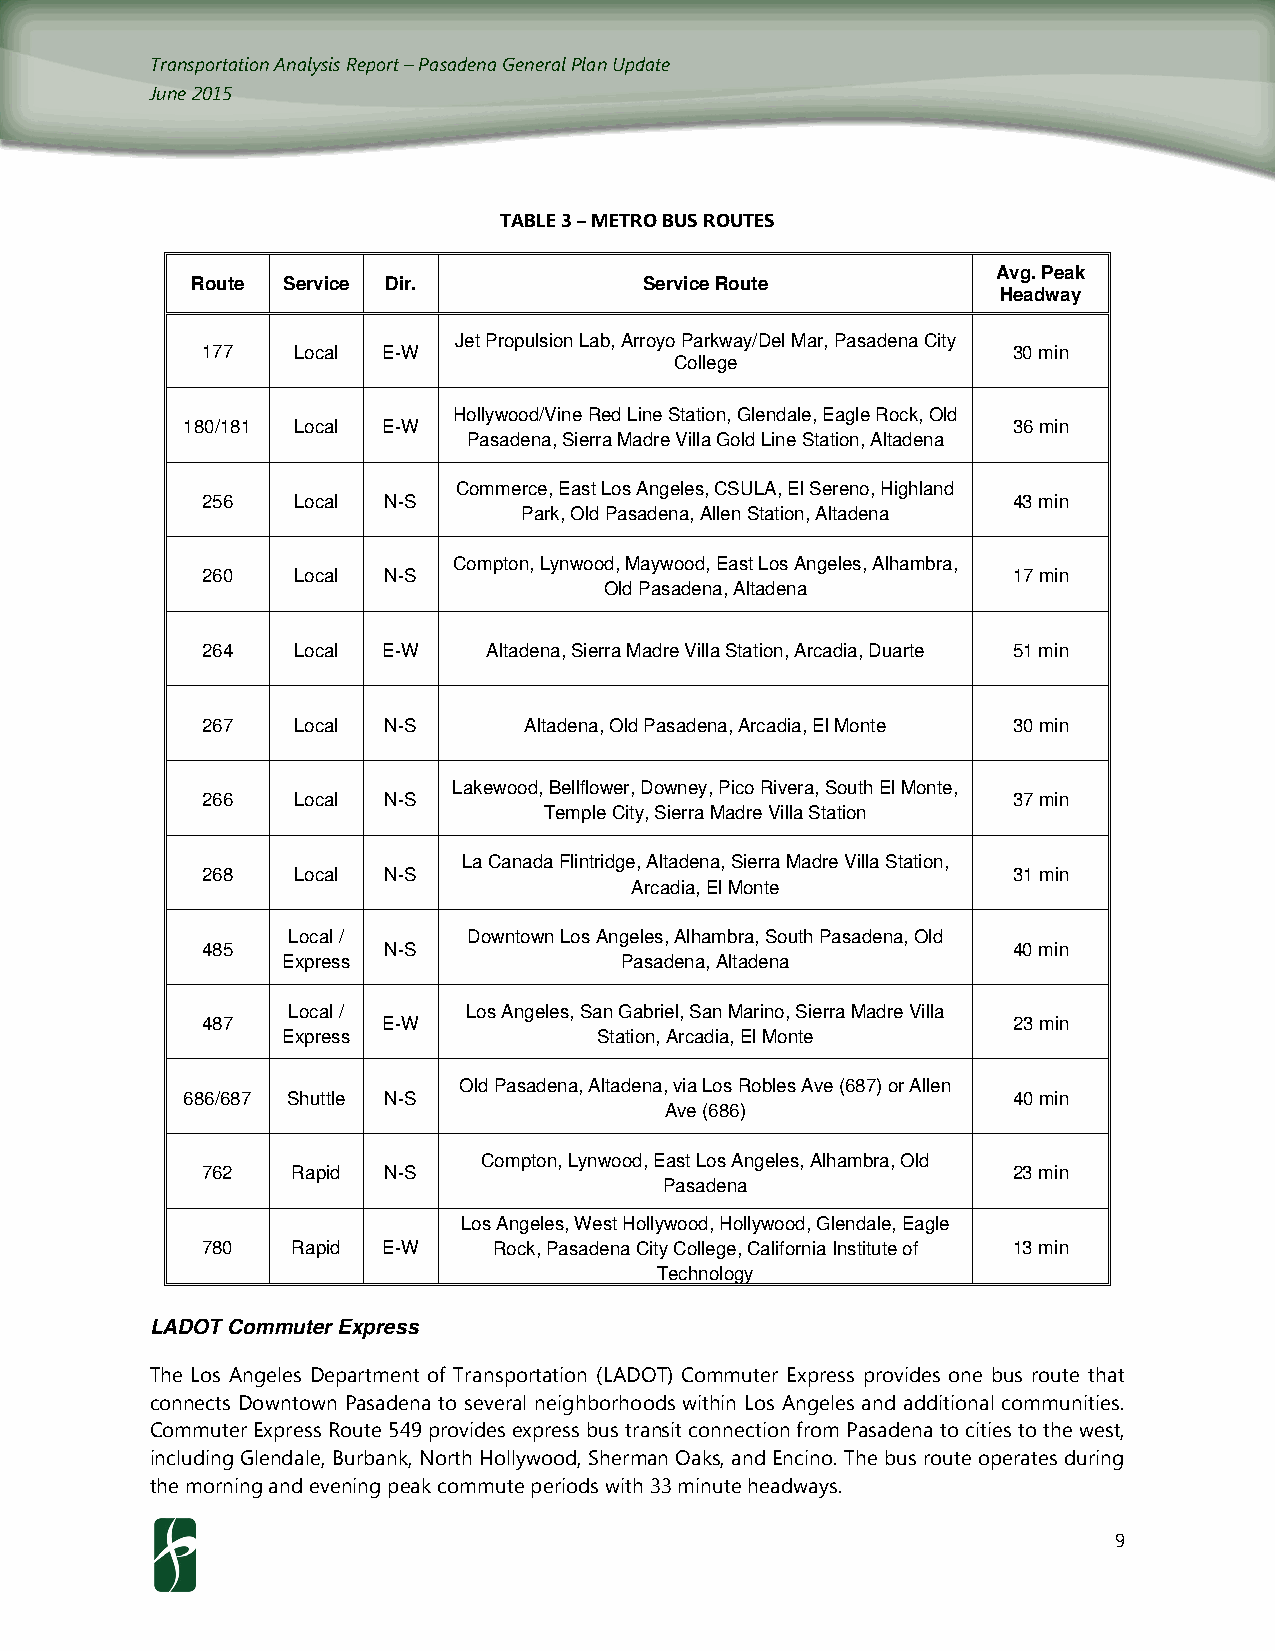
Transportation Analysis Report – Pasadena General Plan Update
 June 2015
 TABLE 3 – METRO BUS ROUTES
 Avg. Peak
 Route Service Dir.            Service Route
 Headway
 Jet Propulsion Lab, Arroyo Parkway/Del Mar, Pasadena City
 177   Local E-W                                       30 min
 College
 Hollywood/Vine Red Line Station, Glendale, Eagle Rock, Old
 180/181 Local E-W                                      36 min
 Pasadena, Sierra Madre Villa Gold Line Station, Altadena
 Commerce, East Los Angeles, CSULA, El Sereno, Highland
 256   Local N-S                                       43 min
 Park, Old Pasadena, Allen Station, Altadena
 Compton, Lynwood, Maywood, East Los Angeles, Alhambra,
 260   Local N-S                                       17 min
 Old Pasadena, Altadena
 264   Local E-W    Altadena, Sierra Madre Villa Station, Arcadia, Duarte 51 min
 267   Local N-S       Altadena, Old Pasadena, Arcadia, El Monte 30 min
 Lakewood, Bellflower, Downey, Pico Rivera, South El Monte,
 266   Local N-S                                       37 min
 Temple City, Sierra Madre Villa Station
 La Canada Flintridge, Altadena, Sierra Madre Villa Station,
 268   Local N-S                                       31 min
 Arcadia, El Monte
 Local /     Downtown Los Angeles, Alhambra, South Pasadena, Old
 485         N-S                                       40 min
 Express               Pasadena, Altadena
 Local /     Los Angeles, San Gabriel, San Marino, Sierra Madre Villa
 487         E-W                                       23 min
 Express              Station, Arcadia, El Monte
 Old Pasadena, Altadena, via Los Robles Ave (687) or Allen
 686/687 Shuttle N-S                                    40 min
 Ave (686)
 Compton, Lynwood, East Los Angeles, Alhambra, Old
 762   Rapid N-S                                       23 min
 Pasadena
 Los Angeles, West Hollywood, Hollywood, Glendale, Eagle
 780   Rapid E-W     Rock, Pasadena City College, California Institute of 13 min
 Technology
 LADOT Commuter Express
 The Los Angeles Department of Transportation (LADOT) Commuter Express provides one bus route that
 connects Downtown Pasadena to several neighborhoods within Los Angeles and additional communities.
 Commuter Express Route 549 provides express bus transit connection from Pasadena to cities to the west,
 including Glendale, Burbank, North Hollywood, Sherman Oaks, and Encino. The bus route operates during
 the morning and evening peak commute periods with 33 minute headways.
 9